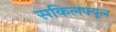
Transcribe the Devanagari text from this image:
सकिलफ्यूल